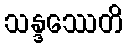
သန္ဒဿေတိ